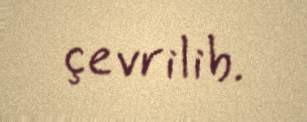
çevrilib.